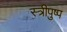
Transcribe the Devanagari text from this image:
स्त्रीपुष्प